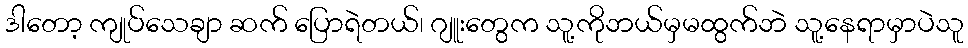
ဒါတော့ ကျုပ်သေချာ ဆက် ပြောရဲတယ်၊ ဂျူးတွေက သူ့ကိုဘယ်မှမထွက်ဘဲ သူ့နေရာမှာပဲသူ